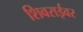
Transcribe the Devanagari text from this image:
शिवराईवर